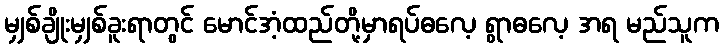
မျှစ်ချိုးမျှစ်ခူးရာတွင် မောင်အံ့ထည်တို့မှာရပ်ဓလေ့ ရွာဓလေ့ အရ မည်သူက